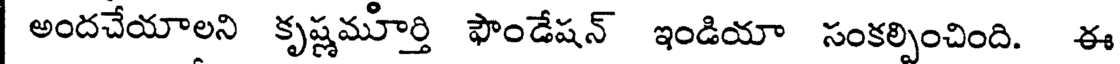
అందచేయాలని కృష్ణమూర్తి ఫౌండేషన్ ఇండియా సంకల్పించింది. ఈ